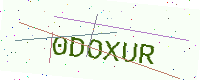
Text: 0DOXUR